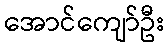
အောင်ကျော်ဦး